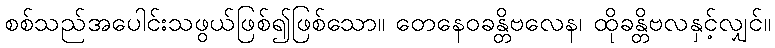
စစ်သည်အပေါင်းသဖွယ်ဖြစ်၍ဖြစ်သော။ တေနေဝခန္တိဗလေန၊ ထိုခန္တိဗလနှင့်လျှင်။